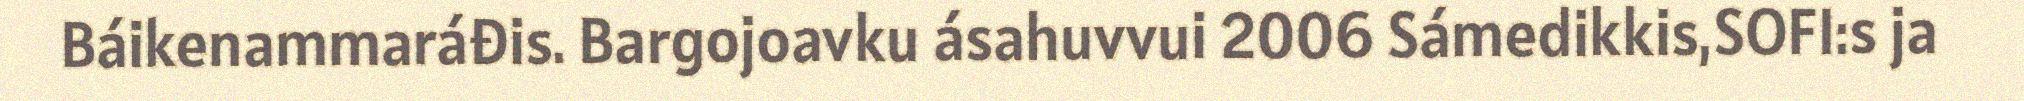
Báikenammaráđis. Bargojoavku ásahuvvui 2006 Sámedikkis,SOFI:s ja